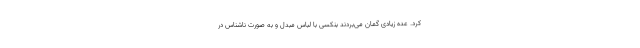
کرد. عده زیادی گمان می‌بردند بنکسی با لباس مبدل و به صورت ناشناس در